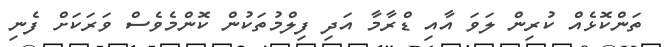
ތަންކޮޅެއް ކުރިން ލަވަ އާއި ޑްރާމާ އަދި ފިލްމުތަކުން ކޮންމެވެސް ވަރަކަށް ފެނި